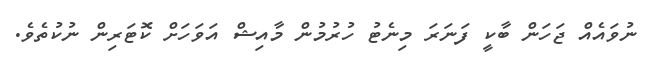
ނުވައެއް ޖަހަން ބާކީ ފަނަރަ މިނެޓު ހުރުމުން މާއިޝް އަވަހަށް ކޮޓަރިން ނުކުތެވެ.